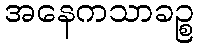
အနေကသာခဉ္စ